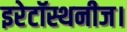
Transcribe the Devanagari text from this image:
इरेटॉस्थनीज।